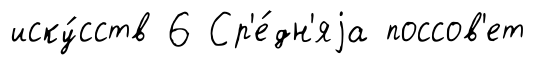
иску́сств 6 Ср'е́дн'яjа поссов'ет